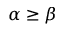
\alpha \ge \beta